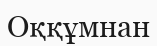
Оққұмнан